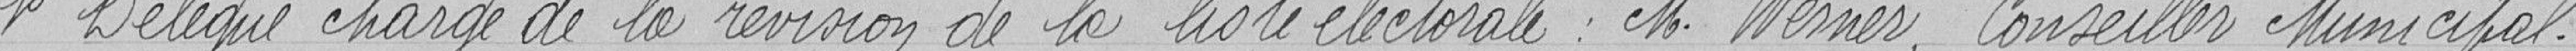
1° Délégué chargé de la révision de la liste électorale : M. Werner, Conseiller Municipal.